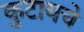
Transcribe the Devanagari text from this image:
कुटायचे